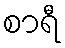
စာရီ